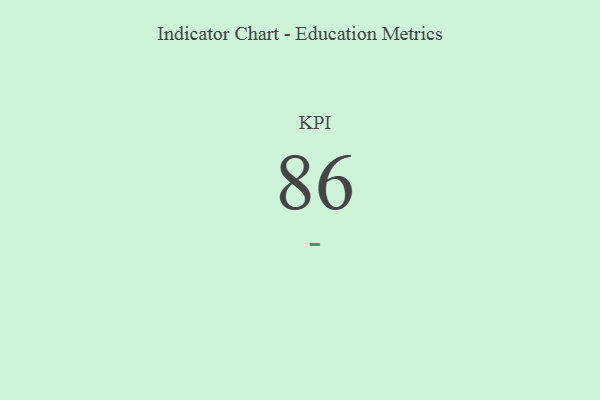
{"axis": {"x": "KPI", "y": "Value"}, "legend": [""], "data": [{"x": "KPI", "y": 86, "type": ""}]}